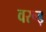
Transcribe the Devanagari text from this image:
वरूड़